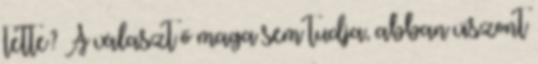
tette? A választ ő maga sem tudja, abban viszont